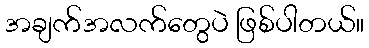
အချက်အလက်တွေပဲ ဖြစ်ပါတယ်။